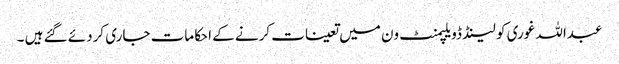
عبداللہ غوری کو لینڈ ڈویلپمنٹ ون میں تعینات کرنے کے احکامات جاری کردئے گئے ہیں ۔